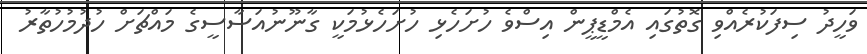
ވަހީދު ސިފަކުރެއްވި ގޮތުގައި އެމްޑީޕީން އިސްވެ ހުށަހެޅި ހުށަހެޅުމަކީ ގާނޫނުއަސާސީގެ މައްޗަށް ހުދުމުހުތާރު